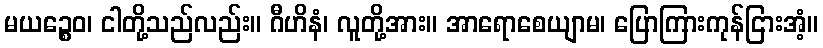
မယဉ္စေဝ၊ ငါတို့သည်လည်း။ ဂီဟိနံ၊ လူတို့အား။ အာရောစေယျာမ၊ ပြောကြားကုန်ငြားအံ့။